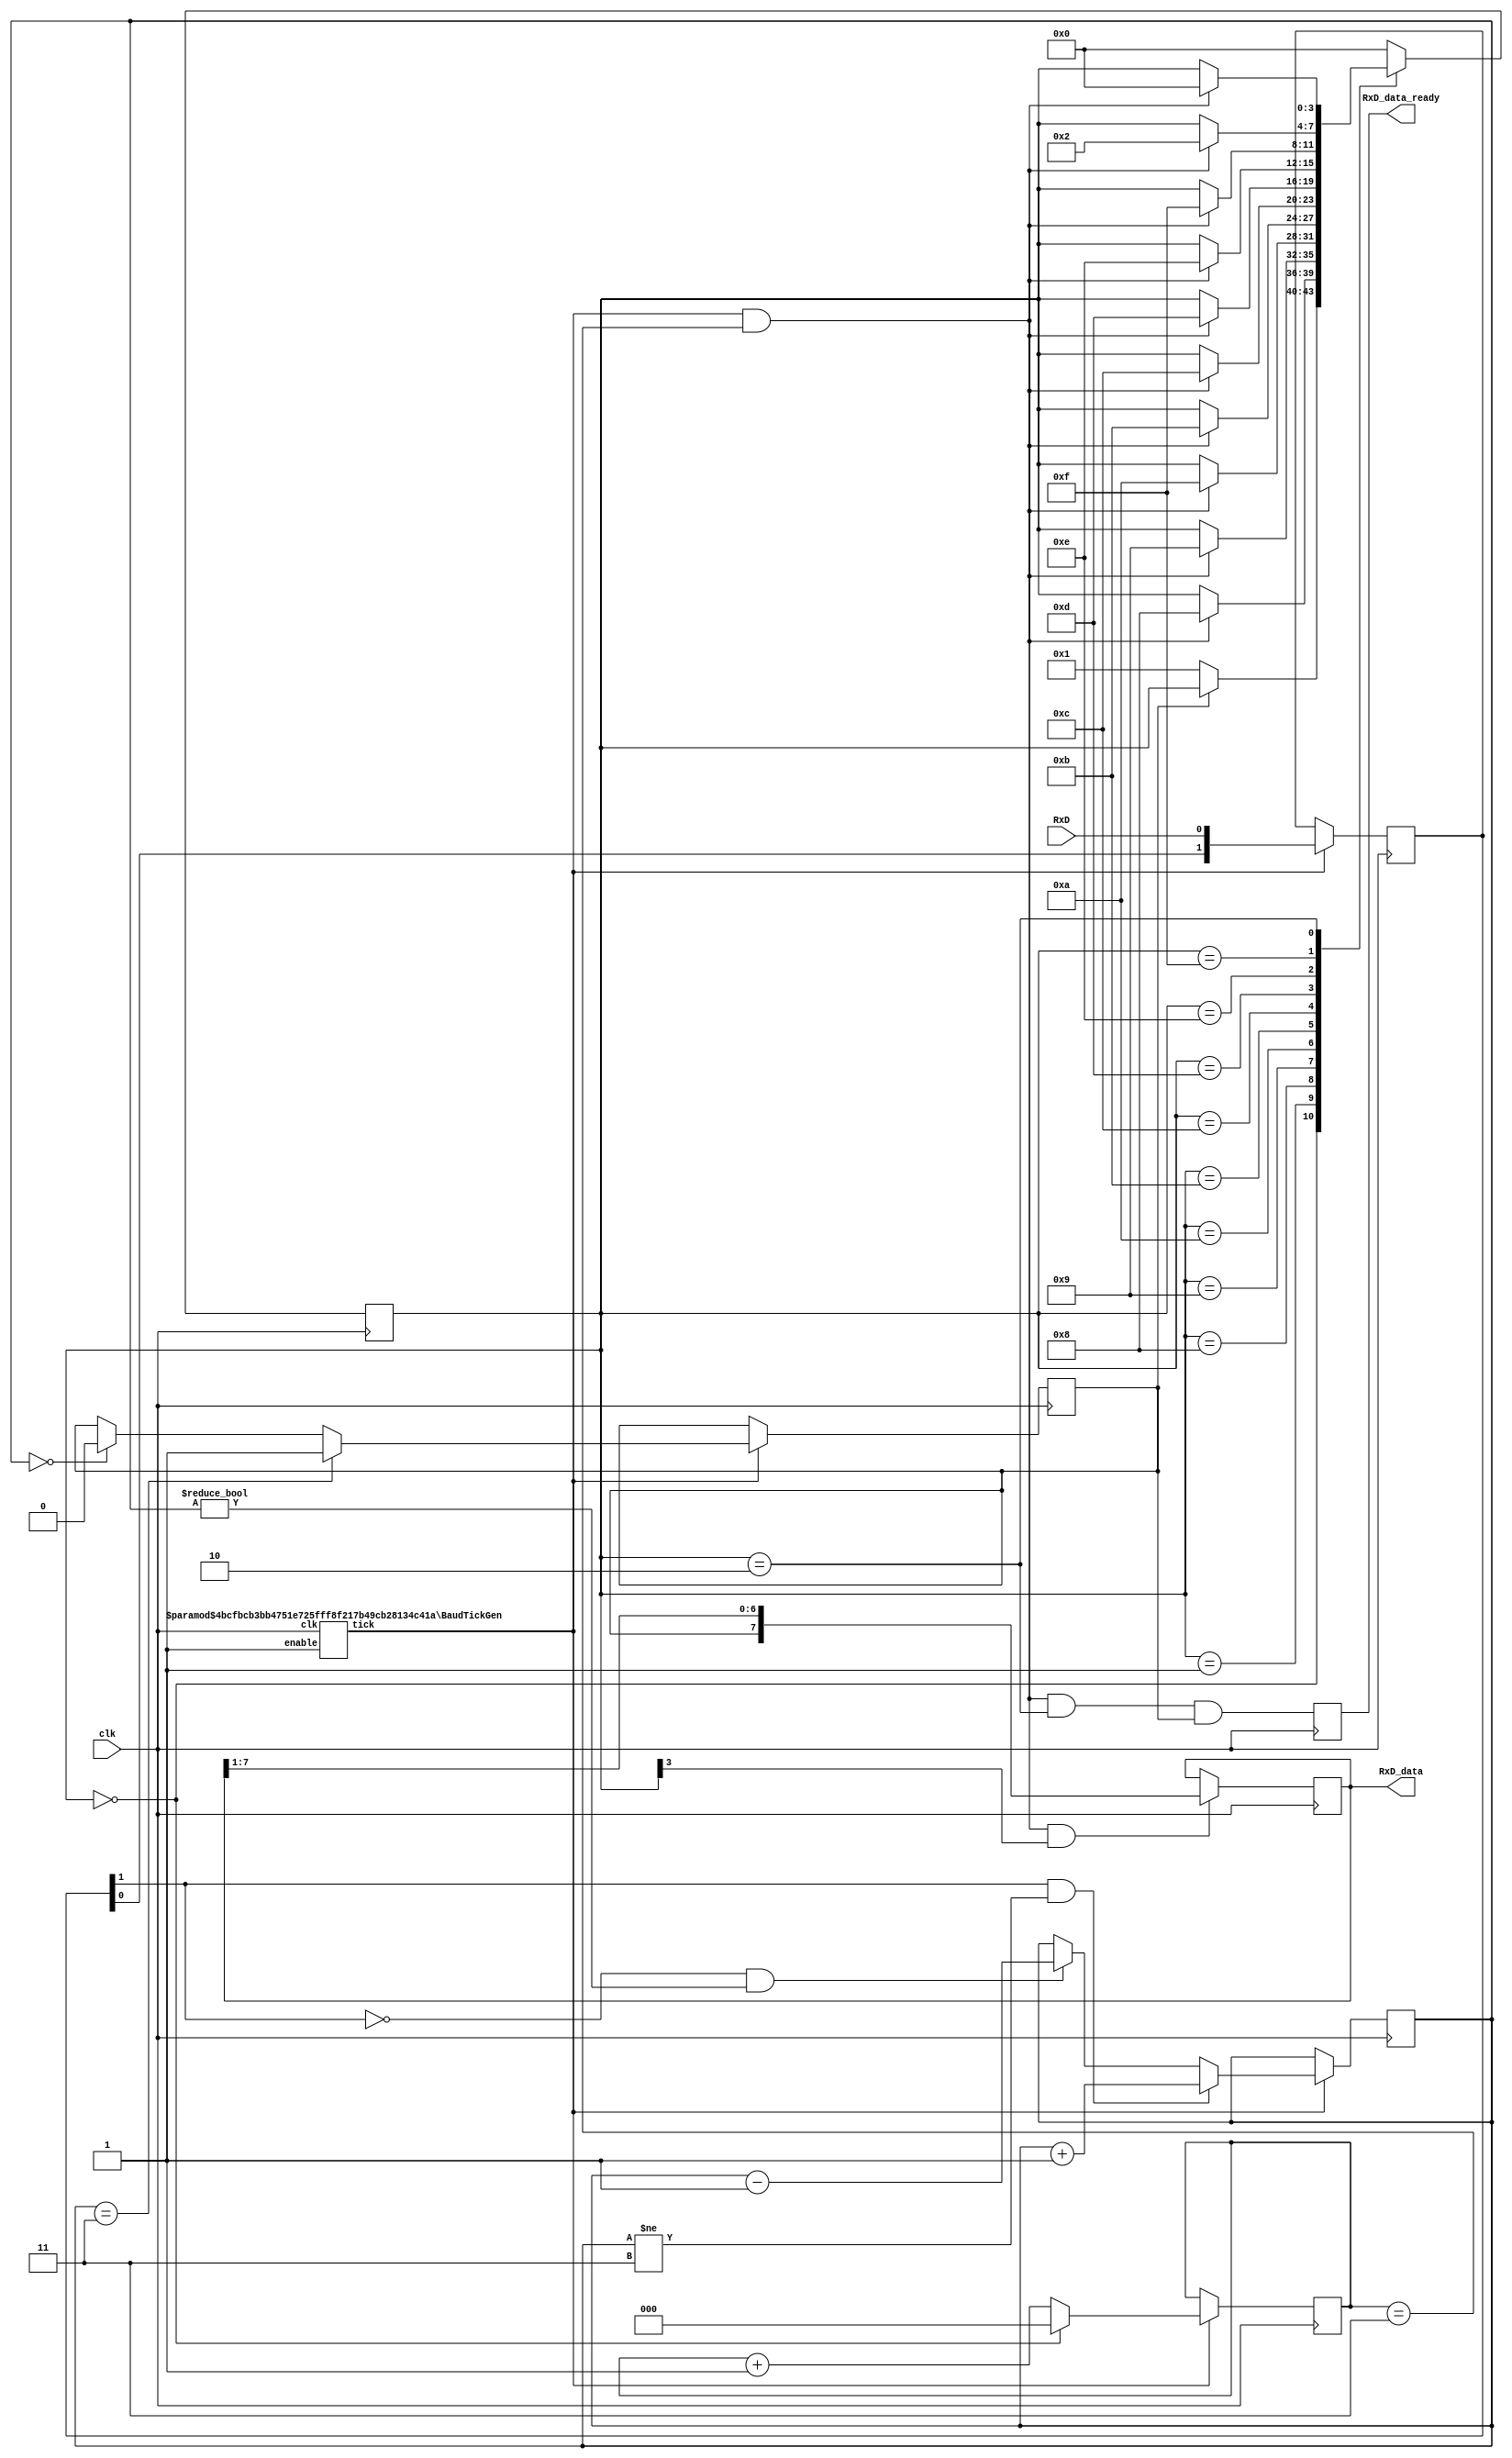
module uartrx(input clk,
input RxD,
output reg RxD_data_ready = 0,
output reg [7:0] RxD_data = 0); // data received, valid only (for one clock cycle) when RxD_data_ready is asserted
// We also detect if a gap occurs in the received stream of characters
// That can be useful if multiple characters are sent in burst
//  so that multiple characters can be treated as a "packet"
//output RxD_idle,  // asserted when no data has been received for a while
//output reg RxD_endofpacket = 0  // asserted for one clock cycle when a packet has been detected (i.e. RxD_idle is going high)
//);

reg RxD_endofpacket = 0;
wire RxD_idle;

parameter ClkFrequency = 50000000; // 25MHz
parameter Baud = 115200;

parameter Oversampling = 8;  // needs to be a power of 2
// we oversample the RxD line at a fixed rate to capture each RxD data bit at the "right" time
// 8 times oversampling by default, use 16 for higher quality reception

generate
if(ClkFrequency<Baud*Oversampling) ASSERTION_ERROR PARAMETER_OUT_OF_RANGE("Frequency too low for current Baud rate and oversampling");
if(Oversampling<8 || ((Oversampling & (Oversampling-1))!=0)) ASSERTION_ERROR PARAMETER_OUT_OF_RANGE("Invalid oversampling value");
endgenerate

////////////////////////////////
reg [3:0] RxD_state = 0;

`ifdef SIMULATION
wire RxD_bit = RxD;
wire sampleNow = 1'b1;  // receive one bit per clock cycle

`else
wire OversamplingTick;
BaudTickGen #(ClkFrequency, Baud, Oversampling) tickgen(.clk(clk), .enable(1'b1), .tick(OversamplingTick));

// synchronize RxD to our clk domain
reg [1:0] RxD_sync = 2'b11;
always @(posedge clk) if(OversamplingTick) RxD_sync <= {RxD_sync[0], RxD};

// and filter it
reg [1:0] Filter_cnt = 2'b11;
reg RxD_bit = 1'b1;

always @(posedge clk)
if(OversamplingTick)
begin
if(RxD_sync[1]==1'b1 && Filter_cnt!=2'b11) Filter_cnt <= Filter_cnt + 1'd1;
else
if(RxD_sync[1]==1'b0 && Filter_cnt!=2'b00) Filter_cnt <= Filter_cnt - 1'd1;

if(Filter_cnt==2'b11) RxD_bit <= 1'b1;
else
if(Filter_cnt==2'b00) RxD_bit <= 1'b0;
end

// and decide when is the good time to sample the RxD line
function integer log2(input integer v); begin log2=0; while(v>>log2) log2=log2+1; end endfunction
localparam l2o = log2(Oversampling);
reg [l2o-2:0] OversamplingCnt = 0;
always @(posedge clk) if(OversamplingTick) OversamplingCnt <= (RxD_state==0) ? 1'd0 : OversamplingCnt + 1'd1;
wire sampleNow = OversamplingTick && (OversamplingCnt==Oversampling/2-1);
`endif

// now we can accumulate the RxD bits in a shift-register
always @(posedge clk)
case(RxD_state)
4'b0000: if(~RxD_bit) RxD_state <= `ifdef SIMULATION 4'b1000 `else 4'b0001 `endif;  // start bit found?
4'b0001: if(sampleNow) RxD_state <= 4'b1000;  // sync start bit to sampleNow
4'b1000: if(sampleNow) RxD_state <= 4'b1001;  // bit 0
4'b1001: if(sampleNow) RxD_state <= 4'b1010;  // bit 1
4'b1010: if(sampleNow) RxD_state <= 4'b1011;  // bit 2
4'b1011: if(sampleNow) RxD_state <= 4'b1100;  // bit 3
4'b1100: if(sampleNow) RxD_state <= 4'b1101;  // bit 4
4'b1101: if(sampleNow) RxD_state <= 4'b1110;  // bit 5
4'b1110: if(sampleNow) RxD_state <= 4'b1111;  // bit 6
4'b1111: if(sampleNow) RxD_state <= 4'b0010;  // bit 7
4'b0010: if(sampleNow) RxD_state <= 4'b0000;  // stop bit
default: RxD_state <= 4'b0000;
endcase

always @(posedge clk)
if(sampleNow && RxD_state[3]) RxD_data <= {RxD_bit, RxD_data[7:1]};

//reg RxD_data_error = 0;
always @(posedge clk)
begin
RxD_data_ready <= (sampleNow && RxD_state==4'b0010 && RxD_bit);  // make sure a stop bit is received
//RxD_data_error <= (sampleNow && RxD_state==4'b0010 && ~RxD_bit);  // error if a stop bit is not received
end


`ifdef SIMULATION
assign RxD_idle = 0;
`else
reg [l2o+1:0] GapCnt = 0;
always @(posedge clk) if (RxD_state!=0) GapCnt<=0; else if(OversamplingTick & ~GapCnt[log2(Oversampling)+1]) GapCnt <= GapCnt + 1'h1;
assign RxD_idle = GapCnt[l2o+1];
always @(posedge clk) RxD_endofpacket <= OversamplingTick & ~GapCnt[l2o+1] & &GapCnt[l2o:0];
`endif


endmodule




////////////////////////////////////////////////////////
// dummy module used to be able to raise an assertion in Verilog
module ASSERTION_ERROR();
endmodule


////////////////////////////////////////////////////////
module BaudTickGen(
input clk, enable,
output tick  // generate a tick at the specified baud rate * oversampling
);
parameter ClkFrequency = 50000000;
parameter Baud = 115200;
parameter Oversampling = 1;

function integer log2(input integer v); begin log2=0; while(v>>log2) log2=log2+1; end endfunction
localparam AccWidth = log2(ClkFrequency/Baud)+8;  // +/- 2% max timing error over a byte
reg [AccWidth:0] Acc = 0;
localparam ShiftLimiter = log2(Baud*Oversampling >> (31-AccWidth));  // this makes sure Inc calculation doesn't overflow
localparam Inc = ((Baud*Oversampling << (AccWidth-ShiftLimiter))+(ClkFrequency>>(ShiftLimiter+1)))/(ClkFrequency>>ShiftLimiter);
always @(posedge clk) if(enable) Acc <= Acc[AccWidth-1:0] + Inc[AccWidth:0]; else Acc <= Inc[AccWidth:0];
assign tick = Acc[AccWidth];

endmodule